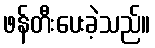
ဖန်တီးပေးခဲ့သည်။